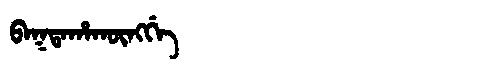
Manchu: ᠪᠠᡴᡨᠠᡥᠠᡴᡡᠩᡤᡝ
Romanization: BAKTAHAKŪNGGE